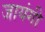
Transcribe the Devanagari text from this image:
जायंगी